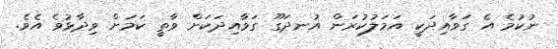
ނުކުމެ އެ ގަވާއިދަކީ އަމަލުކުރަން އުނދަގޫ ގަވާއިދަކަށް ވާތީ ކަމަށް ވިދާޅުވެ އެވެ.